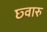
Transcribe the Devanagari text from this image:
छ्वारु